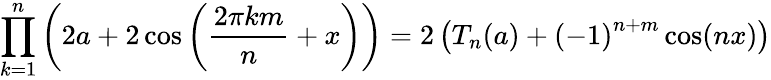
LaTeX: \prod_{k=1}^{n}\left(2a+2\cos\left({\frac{2\pi km}{n}}+x\right)\right)=2\left(T_{n}(a)+{(-1)}^{n+m}\cos(nx)\right)